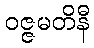
ဝဇ္ဇမတိနီ